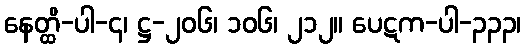
နေတ္ထိ-ပါ-၄၊ ဋ္ဌ-၂၀၆၊ ၁၀၆၊ ၂၁၂။ ပေဋက-ပါ-၃၃၃၊